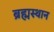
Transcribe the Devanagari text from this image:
ब्रह्मस्थान